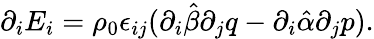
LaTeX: \partial_{i}E_{i}=\rho_{0}\epsilon_{ij}(\partial_{i}\hat{\beta}\partial_{j}q-\partial_{i}\hat{\alpha}\partial_{j}p).